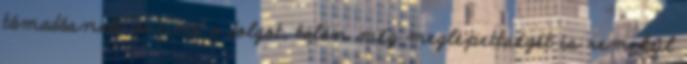
támadásnak venné a dolgot, talán még meglepettségét is remekül